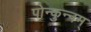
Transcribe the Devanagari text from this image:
पोन्कुन्नम्